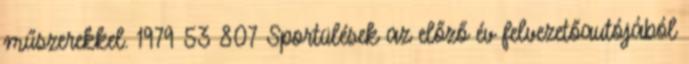
műszerekkel. 1979 53 807 Sportülések az előző év felvezetőautójából